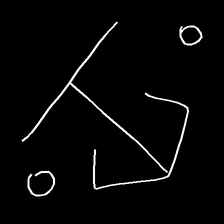
Glyph: earth